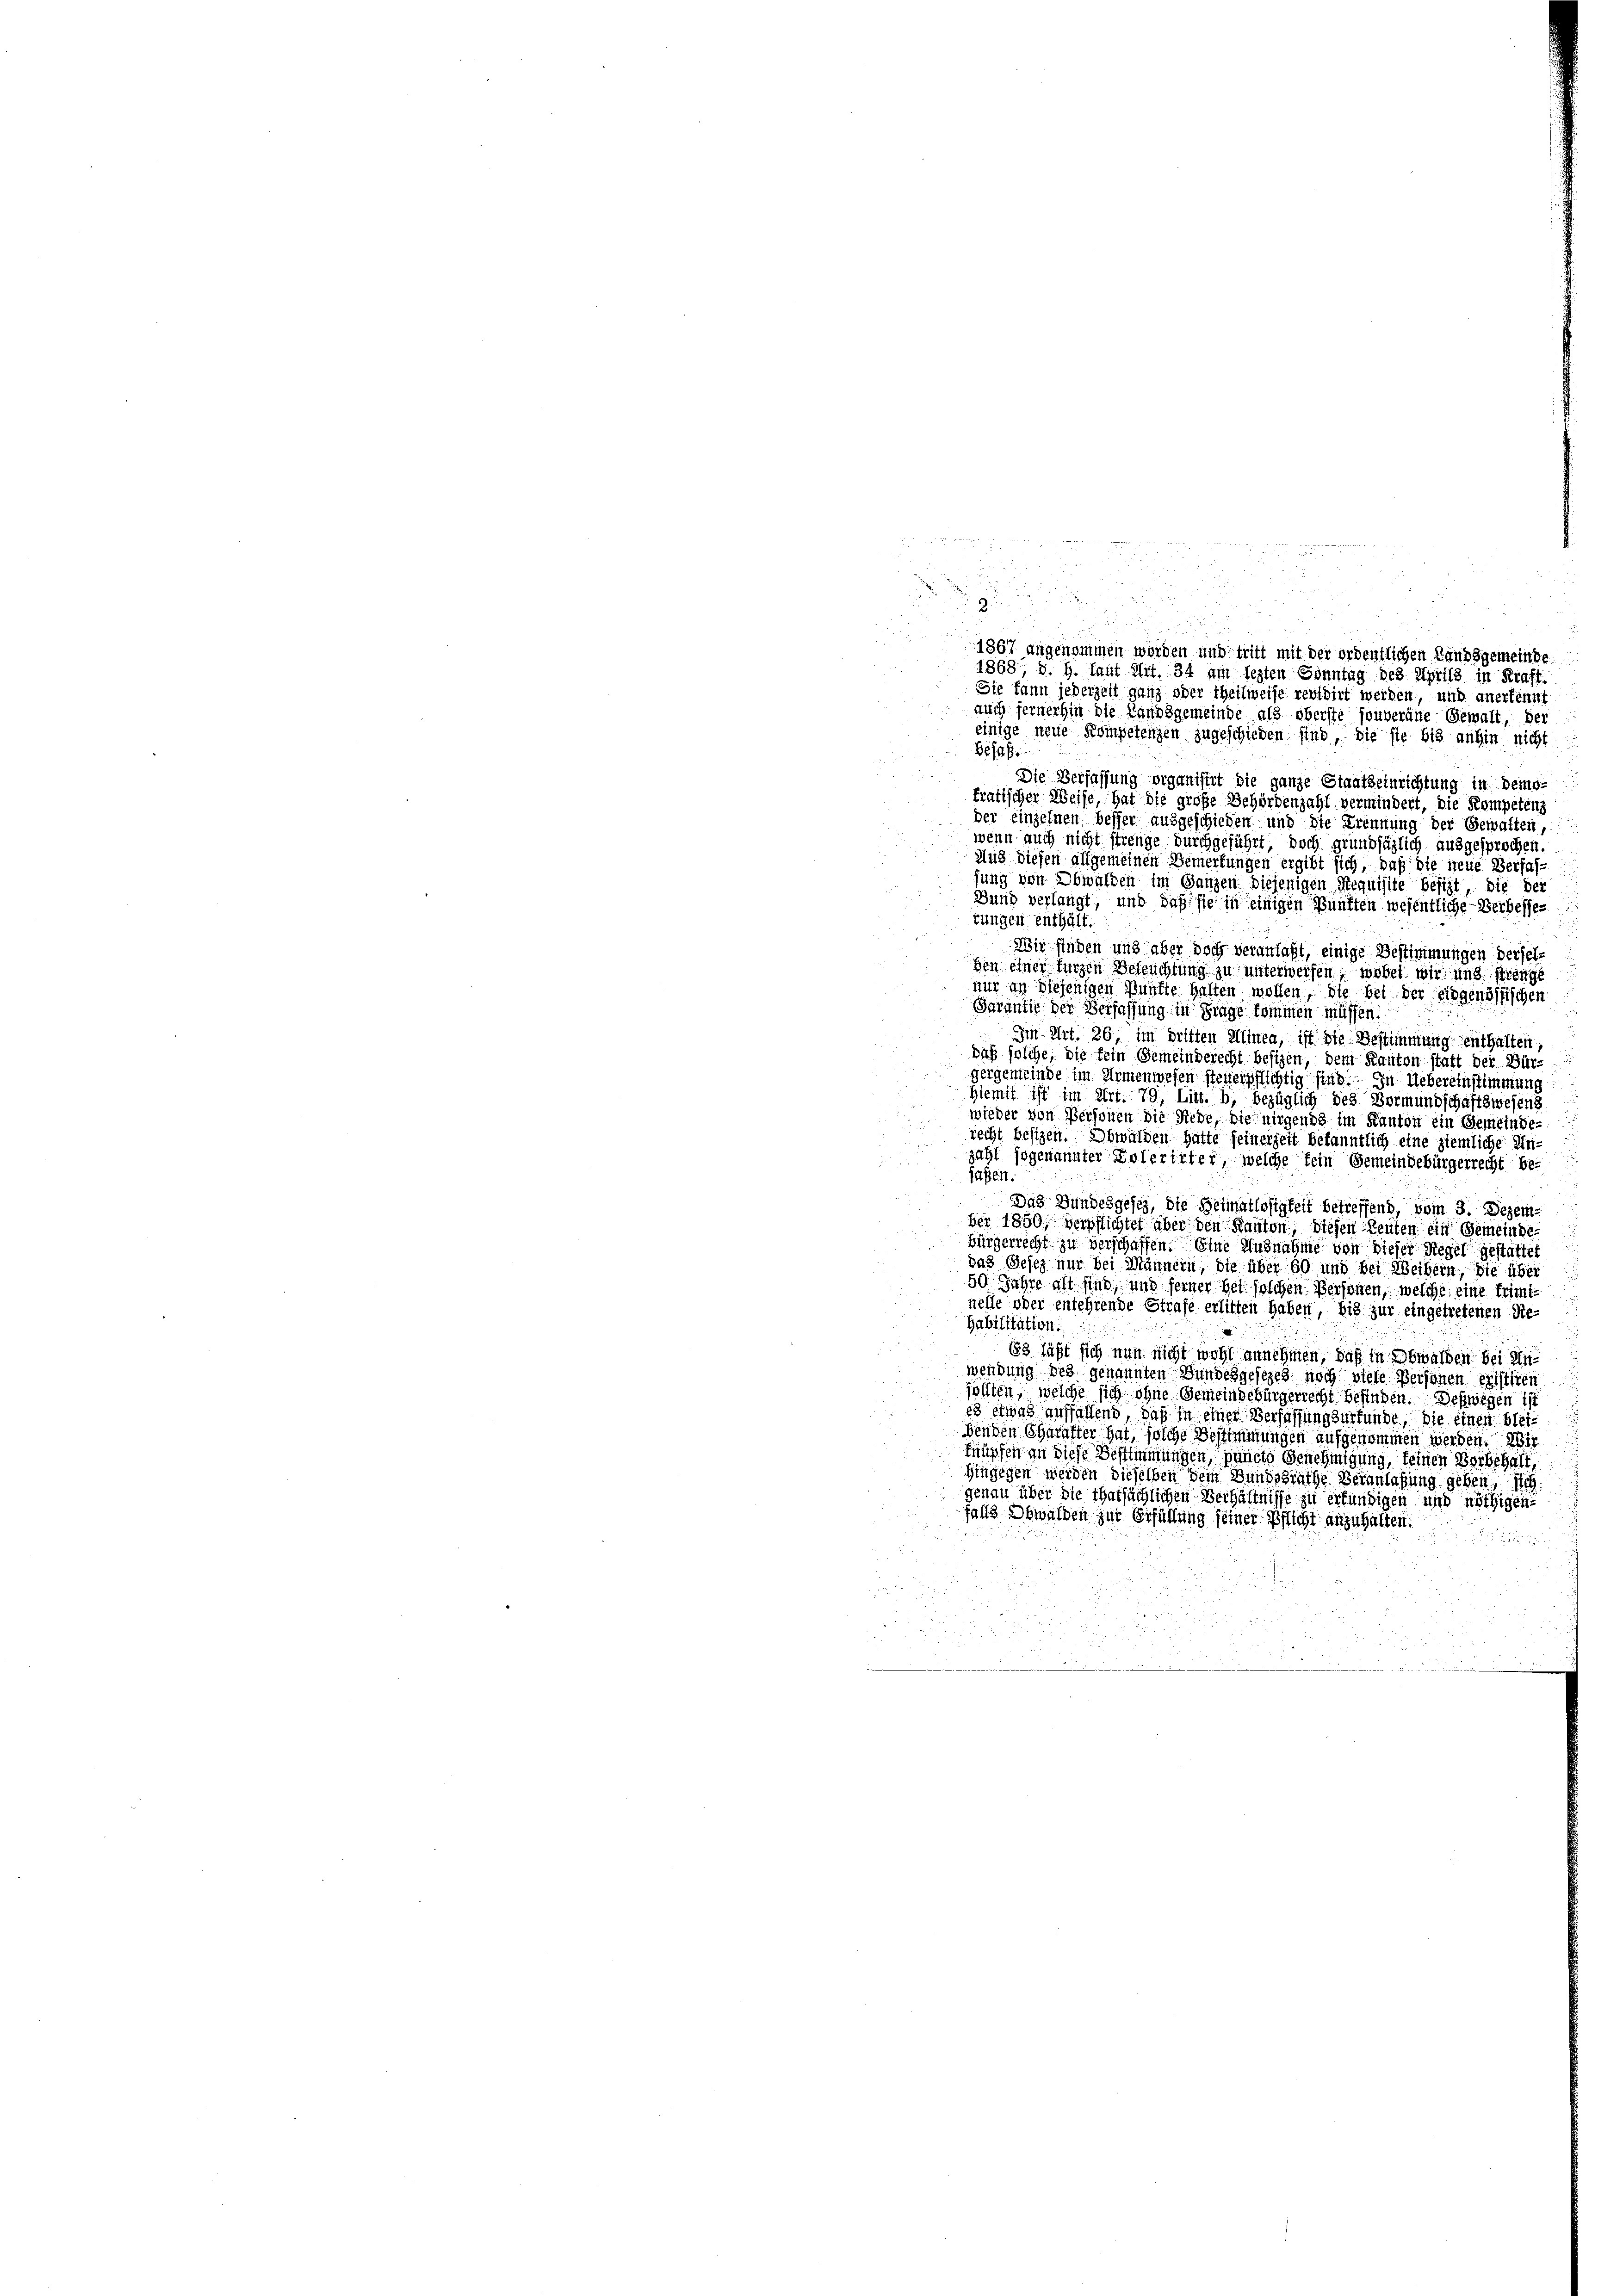
.
Sie kann jederzeit ganz oder theilweise revidirt werden, und anerkennt
auch fernerhin die Landsgemeinde als oberste souveräne Gewalt, der
einige neue Kompetenzen zugeschieden sind, die sie bis anhin nicht
Besas
Die Verfassung organistet die ganze Staatseinrichtung in demo-
tratischer Weise, hat die große Behördenzahl vermindert, die Kompetenz
der einzelnen besser ausgeschieden und die Trennung der Gewalten,
wenn auch nicht strenge durchgeführt, doch grundsäglich ausgesprochen.
Aus diesen allgemeinen Bemerkungen ergibt sich, daß die neue Verfas-
fung von Obwalden im Ganzen diejenigen Requisite Besizt, die der
Bund verlangt, und daß sie in einigen Punkten wesentliche Verbesses
rungen enthält.
Wir finden und aber doch veranlaßt, einige Bestimmungen derselben einer kurzen Beleuchtung zu unterwerfen; wobei wir und strenge
nur an diejenigen Punkte halten wollen, die bei der eidgenössischen
Garantie der Verfassung in Frage kommen müssen:
Im Art. 26, im dritten Minea, ist die Bestimmung enthalten,
daß solche, die fein Gemeinderecht besizen, dem Kanton statt der Bür-
gergemeinde im Armenwesen steuerpflichtig sind. In Uebereinstimmung
hiemit ist im Art. 79, Litt. b, bezüglich des Vormundschaftswesens
wieder von Personen die Rede, die nirgends im Kanton ein Gemeinde-
recht besizen. Obwalden hätte seinerzeit bekanntlich eine ziemliche An
zahl sogenannter Tolerirter, welche kein Gemeindebürgerrecht be-
fassen.
Das Bundesgesetz, die Heimatlosigkeit betreffend, vom 3. Dezember 1850; verpflichtet aber den Kanton, diesen Leuten ein Gemeinde-
bürgerrecht zu verschaffen. Eine Ausnahme von dieser Regel gestattet
das Gesez nur bei Männern, die über 60 und der Weibern, die über
50 Jahre alt sind, und ferner bei solchen Personen, welche eine friminelle oder entehrende Strafe erlitten haben, bis zur eingetretenen Re-
Habilitation.
83 läßt sich nun nicht wohl annehmen, daß in Obwalden bei Anwendung des genannten Bundesgesezes noch viele Personen existiren
ollten, welche sich ohne Gemeindebürgerrecht befinden. Schwiegen ist
es etwas auffallend, daß in einer Verfassung zurfunde, die einen bleidenden Charakter hat, solche Bestimmungen aufgenommen werden. Wir
knüpfen an diese Bestimmungen, püncto Genehmigung, keinen Vorbehalt,
Hingegen werden dieselben dem Bundspräche Veranlaßung geben, sich
genau über die Thatsächlichen Verhältnisse zu erfündigen und nöthigen-
falls Obwalden zur Erfüllung seiner Pflicht anzuhalten.

u
2

2
.
2

1867 angenommen worden und tritt mit der ordentlichen Landsgemeinde
1868, v. H. Laut Art. 34 am lezten Sonntag des Aprils in Kraft.